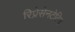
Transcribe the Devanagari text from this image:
रिप्रेसेनटेटिव